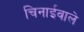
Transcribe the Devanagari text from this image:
चिनाईवाले